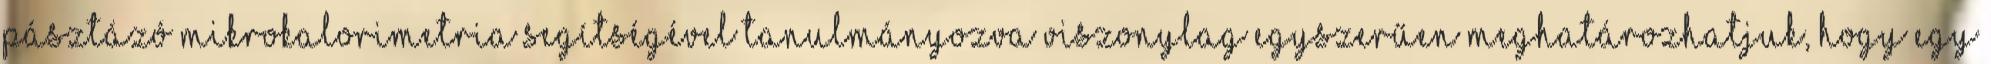
pásztázó mikrokalorimetria segítségével tanulmányozva viszonylag egyszerűen meghatározhatjuk, hogy egy